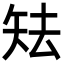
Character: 𥎰